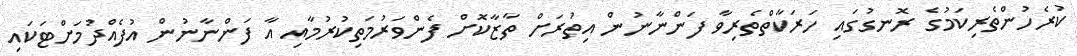
ކުރެހުންތެރިކަމުގެ ރޮނގުގައި ހަރަކާތްތެރިވާ ފަންނާނުން އިތުރަށް ތާޒާކޮށް ފެންވަރުމަތިކުރުމާއި އާ ފަންނާނުން އުފެއްދުމަށްޓަކައި